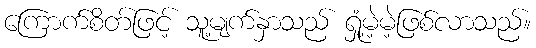
ကြောက်စိတ်ဖြင့် သူ့မျက်နှာသည် ရှုံ့မဲ့မဲ့ဖြစ်လာသည်။